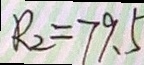
R _ { 2 } = 7 9 . 5